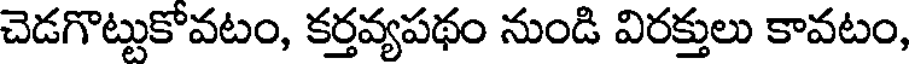
చెడగొట్టుకోవటం, కర్తవ్యపథం నుండి విరక్తులు కావటం,